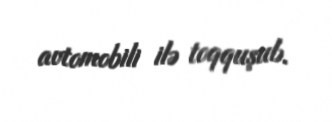
avtomobili ilə toqquşub.